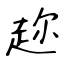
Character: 趂